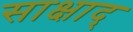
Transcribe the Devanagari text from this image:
साक्षाद्